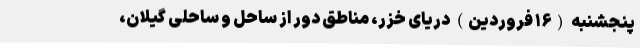
پنجشنبه (۱۶ فروردین) دریای خزر، مناطق دور از ساحل و ساحلی گیلان،